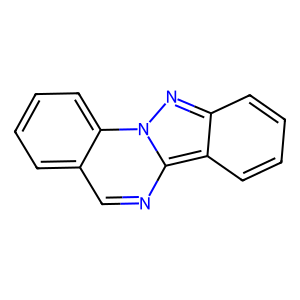
SMILES: c1ccc2c(c1)cnc1c3ccccc3nn21
Inhibits HIV replication: No